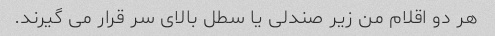
هر دو اقلام من زیر صندلی یا سطل بالای سر قرار می گیرند.